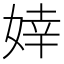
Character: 婞